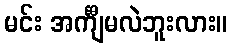
မင်း အင်္ကျီမလဲဘူးလား။